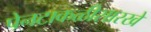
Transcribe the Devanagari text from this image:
पेनटाकळीसारखे